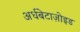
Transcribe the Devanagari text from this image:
अर्धबेटाज़ोइड